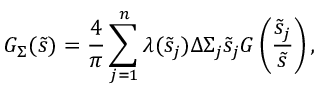
G _ { \Sigma } ( \tilde { s } ) = \frac { 4 } { \pi } \sum _ { j = 1 } ^ { n } \lambda ( \tilde { s } _ { j } ) \Delta \Sigma _ { j } \tilde { s } _ { j } G \left( \frac { \tilde { s } _ { j } } { \tilde { s } } \right) ,